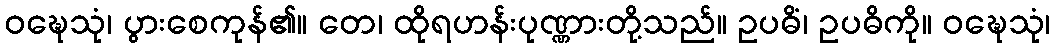
ဝဍ္ဎေသုံ၊ ပွားစေကုန်၏။ တေ၊ ထိုရဟန်းပုဏ္ဏားတို့သည်။ ဥပဓိံ၊ ဥပဓိကို။ ဝဍ္ဎေသုံ၊